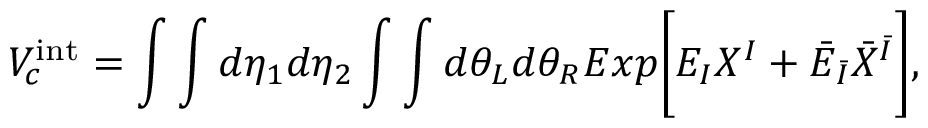
V _ { c } ^ { \mathrm { i n t } } = \int \int d \eta _ { 1 } d \eta _ { 2 } \int \int d \theta _ { L } d \theta _ { R } E x p \biggl [ E _ { I } X ^ { I } + { \bar { E } } _ { \bar { I } } { \bar { X } } ^ { \bar { I } } \biggr ] ,